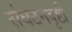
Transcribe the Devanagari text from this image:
संघटनदृष्टी